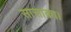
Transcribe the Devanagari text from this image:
सासाका।